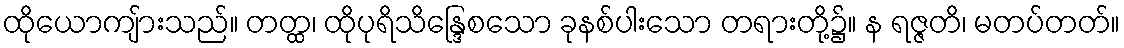
ထိုယောကျ်ားသည်။ တတ္ထ၊ ထိုပုရိသိန္ဒြေစသော ခုနစ်ပါးသော တရားတို့၌။ န ရဇ္ဇတိ၊ မတပ်တတ်။